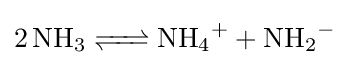
{\ce {2 NH3 <=> NH4+ + NH2-}}